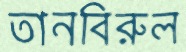
তানবিরুল